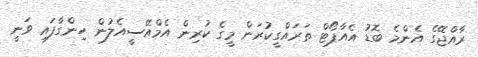
ރާއްޖޭގެ އެންމެ ބޮޑު އެއާޕޯޓް ތަރައްގީކުރަން މީގެ ކުރިން އެމްއޭސީއެލުން ހިންގާފައި ވަނީ